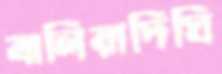
বালিয়াদিঘি